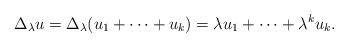
LaTeX: \begin{align*}\Delta_\lambda u = \Delta_\lambda (u_1 + \cdots + u_k) = \lambda u_1 + \cdots + \lambda^k u_k.\end{align*}